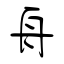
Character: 舟